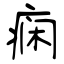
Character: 痫